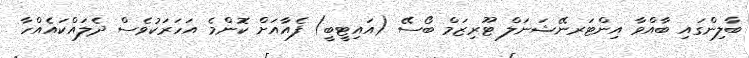
ބާލިންގައި ބާއްވާ އިންޓަރނޭޝަނަލް ޓޫރިޒަމް ބޯސޭ (އައިޓީބީ) ފެއާއަށް ކޮންމެ އަހަރަކުވެސް ދެލައްކައެއްހާ